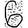
Digit: 6